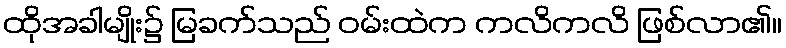
ထိုအခါမျိုး၌ မြခက်သည် ဝမ်းထဲက ကလိကလိ ဖြစ်လာ၏။